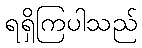
ရရှိကြပါသည်